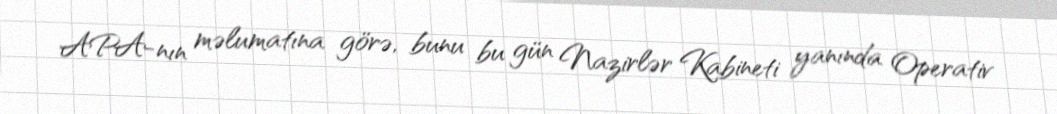
APA-nın məlumatına görə, bunu bu gün Nazirlər Kabineti yanında Operativ